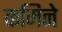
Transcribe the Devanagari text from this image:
कमिने